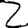
Digit: 2